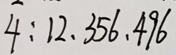
4 : 1 2 、 3 5 6 、 4 9 6